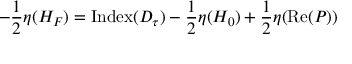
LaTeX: - { \frac { 1 } { 2 } } \eta ( H _ { F } ) = \mathrm { I n d e x } ( D _ { \tau } ) - { \frac { 1 } { 2 } } \eta ( H _ { 0 } ) + { \frac { 1 } { 2 } } \eta ( \mathrm { R e } ( { P } ) )